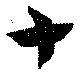
十